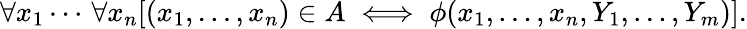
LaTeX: \forall x_{1}\cdots\, \forall x_{n}[(x_{1},\ldots,x_{n})\in A\iff\phi(x_{1},\ldots,x_{n},Y_{1},\ldots,Y_{m})].